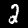
Label: 2